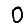
Digit: 0